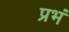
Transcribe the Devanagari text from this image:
प्रभं